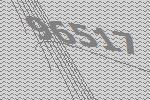
96517